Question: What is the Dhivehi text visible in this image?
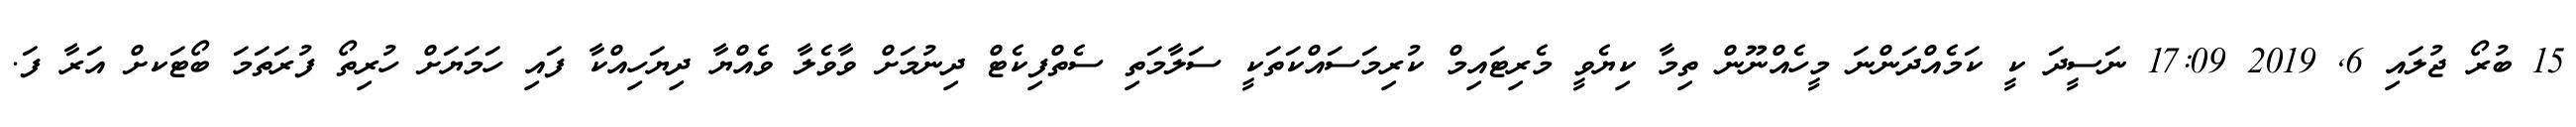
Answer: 15 ބުރޯ ޖުލައި 6, 2019 17:09 ނަސީދަ ކީ ކަމެއްދަންނަ މީހެއްނޫން ތިމާ ކިޔެވީ މެރިޓައިމް ކުރިމަސައްކަތަކީ ސަލާމަތި ސެތްފިކެޓް ދިނުމަށް ވާވެލާ ވެއްޔާ ދިޔަހިއްކާ ފައި ހަމަޔަށް ހުރިތޯ ފުރަތަމަ ބޯޓަކށް އަރާ ފަ.